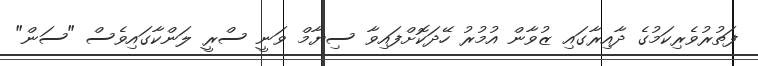
ފަތުރުވެރިކަމުގެ ދާއިރާގައި ޒުވާން އުމުރު ހޭދަކޮށްފައިވާ ސިޔާމް ވަނީ ސްރީ ލަންކާގައިވެސް "ސަން"